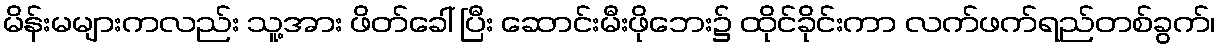
မိန်းမများကလည်း သူ့အား ဖိတ်ခေါ် ပြီး ဆောင်းမီးဖိုဘေး၌ ထိုင်ခိုင်းကာ လက်ဖက်ရည်တစ်ခွက်၊